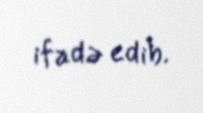
ifadə edib.